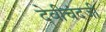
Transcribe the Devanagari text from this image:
देवीचंदजी